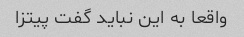
واقعا به این نباید گفت پیتزا